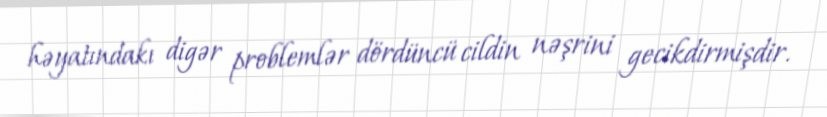
həyatındakı digər problemlər dördüncü cildin nəşrini gecikdirmişdir.